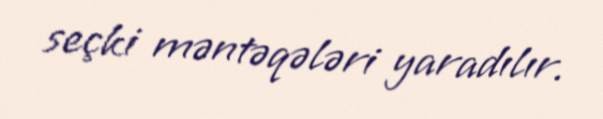
seçki məntəqələri yaradılır.